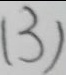
( 3 )